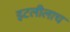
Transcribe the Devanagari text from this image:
इटलीलाच